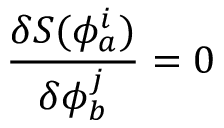
\frac { \delta S ( \phi _ { a } ^ { i } ) } { \delta \phi _ { b } ^ { j } } = 0